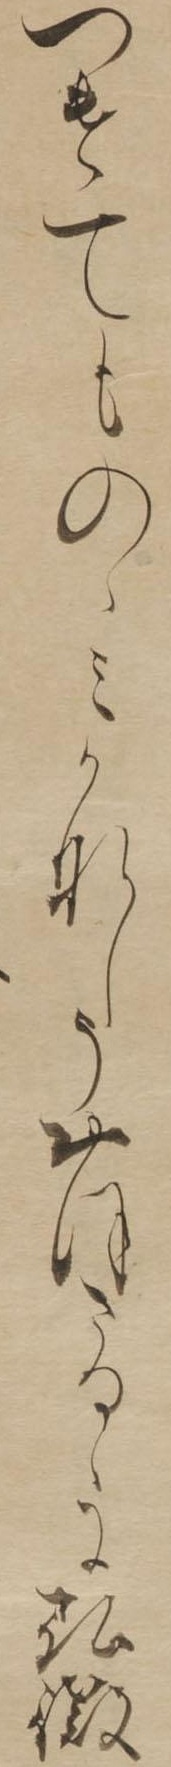
つけてものゝみかなしうおほさるゝに弘徽